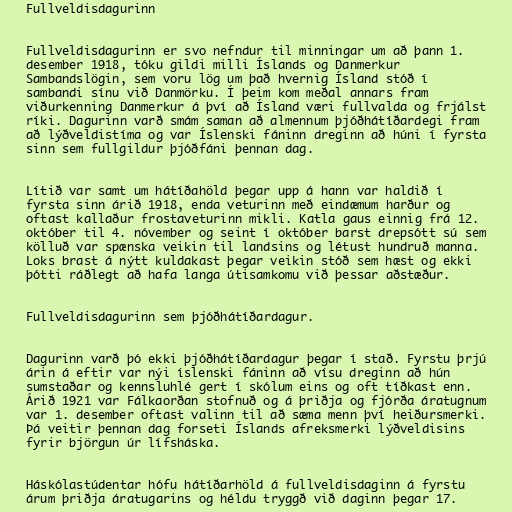
Fullveldisdagurinn

Fullveldisdagurinn er svo nefndur til minningar um að þann 1.
desember 1918, tóku gildi milli Íslands og Danmerkur
Sambandslögin, sem voru lög um það hvernig Ísland stóð í
sambandi sínu við Danmörku. Í þeim kom meðal annars fram
viðurkenning Danmerkur á því að Ísland væri fullvalda og frjálst
ríki. Dagurinn varð smám saman að almennum þjóðhátíðardegi fram
að lýðveldistíma og var Íslenski fáninn dreginn að húni í fyrsta
sinn sem fullgildur þjóðfáni þennan dag.

Lítið var samt um hátíðahöld þegar upp á hann var haldið í
fyrsta sinn árið 1918, enda veturinn með eindæmum harður og
oftast kallaður frostaveturinn mikli. Katla gaus einnig frá 12.
október til 4. nóvember og seint í október barst drepsótt sú sem
kölluð var spænska veikin til landsins og létust hundruð manna.
Loks brast á nýtt kuldakast þegar veikin stóð sem hæst og ekki
þótti ráðlegt að hafa langa útisamkomu við þessar aðstæður.

Fullveldisdagurinn sem þjóðhátíðardagur.

Dagurinn varð þó ekki þjóðhátíðardagur þegar í stað. Fyrstu þrjú
árin á eftir var nýi íslenski fáninn að vísu dreginn að hún
sumstaðar og kennsluhlé gert í skólum eins og oft tíðkast enn.
Árið 1921 var Fálkaorðan stofnuð og á þriðja og fjórða áratugnum
var 1. desember oftast valinn til að sæma menn því heiðursmerki.
Þá veitir þennan dag forseti Íslands afreksmerki lýðveldisins
fyrir björgun úr lífsháska.

Háskólastúdentar hófu hátíðarhöld á fullveldisdaginn á fyrstu
árum þriðja áratugarins og héldu tryggð við daginn þegar 17.